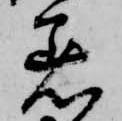
着